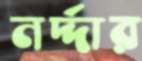
নর্দ্দার